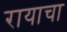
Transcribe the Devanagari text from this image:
रायाचा